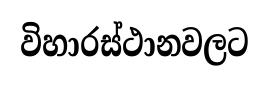
විහාරස්ථානවලට